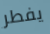
يفطر